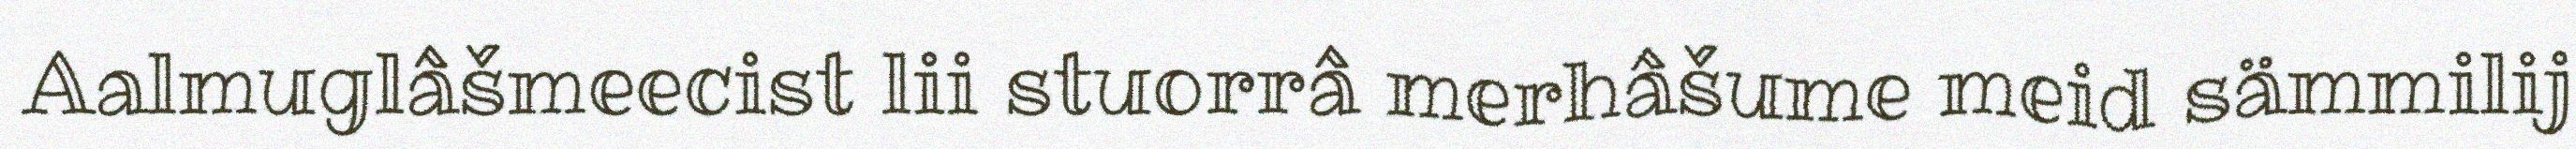
Aalmuglâšmeecist lii stuorrâ merhâšume meid sämmilij